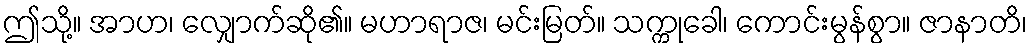
ဤသို့။ အာဟ၊ လျှောက်ဆို၏။ မဟာရာဇ၊ မင်းမြတ်။ သက္ကုခေါ၊ ကောင်းမွန်စွာ။ ဇာနာတိ၊